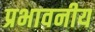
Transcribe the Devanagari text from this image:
प्रभावनीय